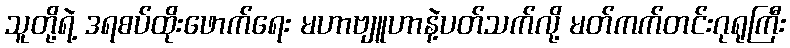
သူတို့ရဲ့ ဒရစပ်ထိုးဖောက်ရေး မဟာဗျူဟာနဲ့ပတ်သက်လို့ မတ်ကက်တင်းဂုရုကြီး